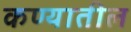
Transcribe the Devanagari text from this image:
कण्यातील